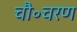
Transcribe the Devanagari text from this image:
चौ॰चरण